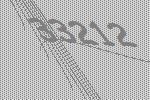
33212